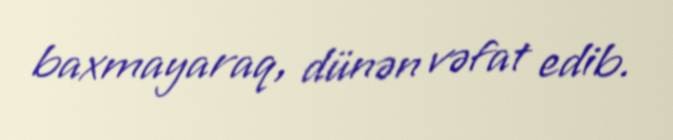
baxmayaraq, dünən vəfat edib.